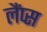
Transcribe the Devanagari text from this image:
लैंप्स